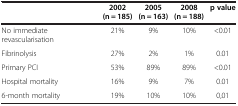
|  | 2002 (n = 185) | 2005 (n = 163) | 2008 (n = 188) | p value |
 | --- | --- | --- | --- | --- |
 | No immediate revascularisation | 21% | 9% | 10% | <0.01 |
 | Fibrinolysis | 27% | 2% | 1% | 0.01 |
 | Primary PCI | 53% | 89% | 89% | <0.01 |
 | Hospital mortality | 16% | 9% | 7% | 0.01 |
 | 6-month mortality | 19% | 10% | 10% | 0,01 |